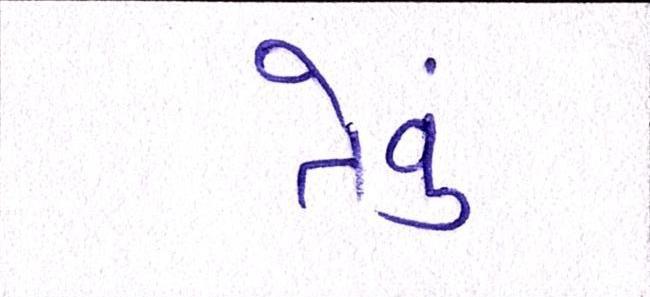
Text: તેવું